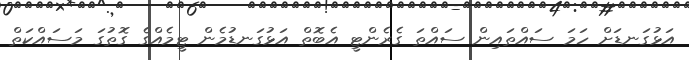
އަޅުގަނޑަށް ހަމަ ސައްތައިން ސައްތަ ގެރެންޓީ އެބޮތް އަޅުގަނޑުމެން ޓީމެއްގެ ގޮތުގަ މަސައްކަތް